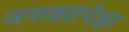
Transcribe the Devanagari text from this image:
जनावरांपेक्षा